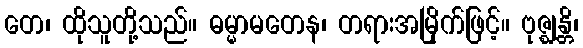
တေ၊ ထိုသူတို့သည်။ ဓမ္မာမတေန၊ တရားအမြိုက်ဖြင့်။ ဗုဇ္ဈန္တိ၊